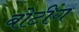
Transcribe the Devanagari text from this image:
बोटींग